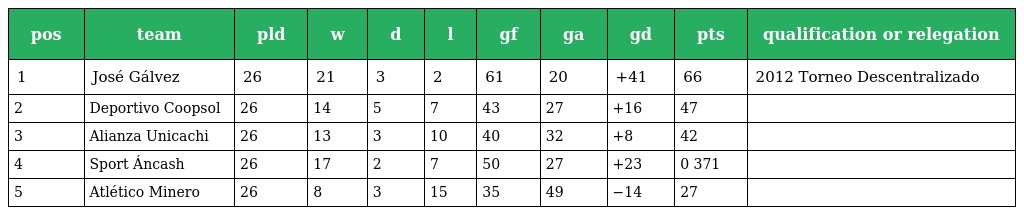
| pos | team | pld | w | d | l | gf | ga | gd | pts | qualification or relegation |
 | --- | --- | --- | --- | --- | --- | --- | --- | --- | --- | --- |
 | 1 | José Gálvez | 26 | 21 | 3 | 2 | 61 | 20 | +41 | 66 | 2012 Torneo Descentralizado |
 | 2 | Deportivo Coopsol | 26 | 14 | 5 | 7 | 43 | 27 | +16 | 47 |  |
 | 3 | Alianza Unicachi | 26 | 13 | 3 | 10 | 40 | 32 | +8 | 42 |  |
 | 4 | Sport Áncash | 26 | 17 | 2 | 7 | 50 | 27 | +23 | 0 371 |  |
 | 5 | Atlético Minero | 26 | 8 | 3 | 15 | 35 | 49 | −14 | 27 |  |